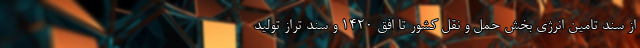
از سند تامین انرژی بخش حمل و نقل کشور تا افق 1420 و سند تراز تولید